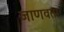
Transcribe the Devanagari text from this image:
जाणवता